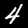
Label: 4